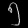
Digit: ၅